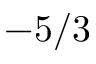
- 5 / 3